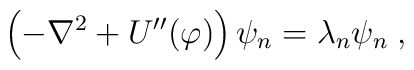
\left(-\nabla^2+U''(\varphi)\right)\psi_n=\lambda_n\psi_n\;,